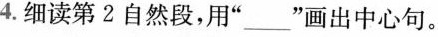
4.细读第2自然段，用”___”画出中心句。